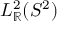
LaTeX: L _ { \mathbb { R } } ^ { 2 } ( S ^ { 2 } )